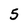
Character: 5